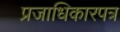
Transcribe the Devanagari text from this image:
प्रजाधिकारपत्र